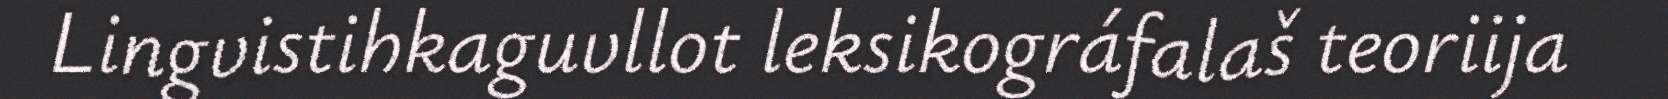
Lingvistihkaguvllot leksikográfalaš teoriija